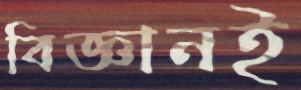
বিজ্ঞানই